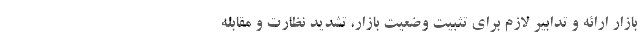
بازار ارائه و تدابیر لازم برای تثبیت وضعیت بازار، تشدید نظارت و مقابله